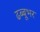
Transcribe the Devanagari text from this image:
ढब्बूभर